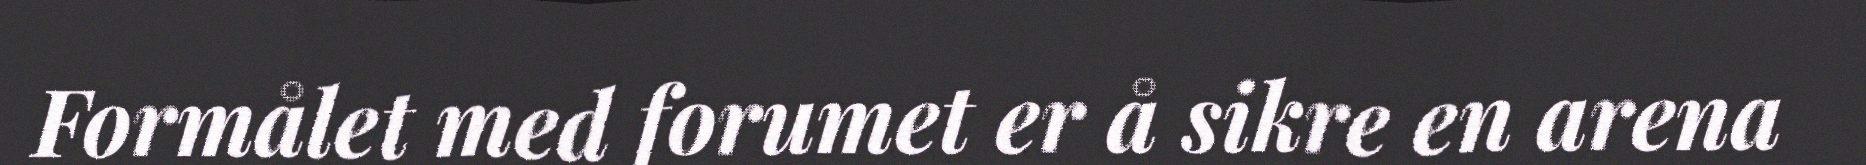
Formålet med forumet er å sikre en arena